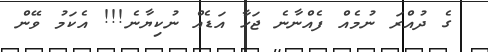
ގެ ދުއްރަ ނުމެއް ފެއްނާނެ ޖަހާ އަޑެއް ނުކިޔާނެ!!! އެކަމު ވޭން